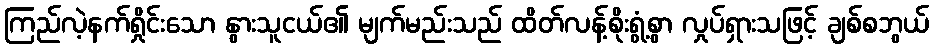
ကြည်လဲ့နက်ရှိုင်းသော နွားသူငယ်၏ မျက်မည်းသည် ထိတ်လန့်စိုးရွံ့စွာ လှုပ်ရှားသဖြင့် ချစ်စဘွယ်